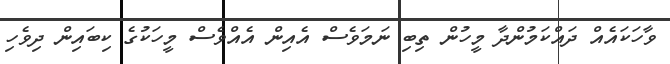
ވާހަކައެއް ދައްކަމުންދާ މީހުން ތިބި ނަމަވެސް އެއިން އެއްވެސް މީހަކުގެ ކިބައިން ދިވެހި